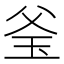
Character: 𤤎